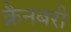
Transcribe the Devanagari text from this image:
क्रैनबरी